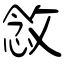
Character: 敜